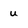
Character: u